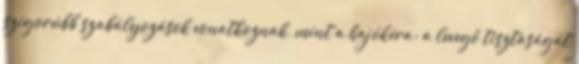
szigorúbb szabályozások vonatkoznak, mint a hajókéra; a levegő tisztaságát